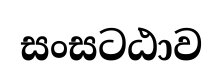
සංසටඨාව